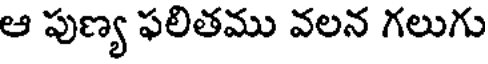
ఆ పుణ్య ఫలితము వలన గలుగు